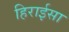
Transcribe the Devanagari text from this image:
हिराईसा